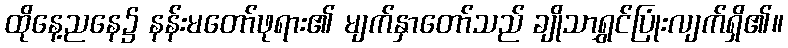
ထိုနေ့ညနေ၌ နန်းမတော်ဖုရား၏ မျက်နှာတော်သည် ချိုသာရွှင်ပြုံးလျက်ရှိ၏။